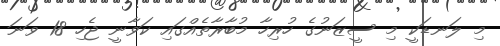
މި ލަނޑަކީ މި ސީޒަނުގެ ހުރިހާ މުބާރާތެއްގައި ކަވާނީ ޖެހި 18 ވަނަ